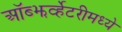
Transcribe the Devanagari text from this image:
ऑब्झर्व्हेटरीमध्ये